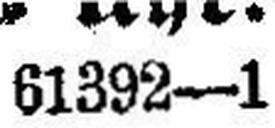
61392—1